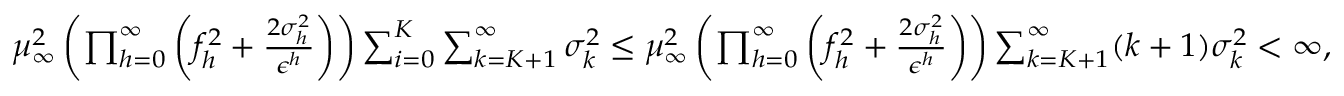
\begin{array} { r } { \mu _ { \infty } ^ { 2 } \left( \prod _ { h = 0 } ^ { \infty } \left( f _ { h } ^ { 2 } + \frac { 2 \sigma _ { h } ^ { 2 } } { \epsilon ^ { h } } \right) \right) \sum _ { i = 0 } ^ { K } \sum _ { k = K + 1 } ^ { \infty } \sigma _ { k } ^ { 2 } \leq \mu _ { \infty } ^ { 2 } \left( \prod _ { h = 0 } ^ { \infty } \left( f _ { h } ^ { 2 } + \frac { 2 \sigma _ { h } ^ { 2 } } { \epsilon ^ { h } } \right) \right) \sum _ { k = K + 1 } ^ { \infty } ( k + 1 ) \sigma _ { k } ^ { 2 } < \infty , } \end{array}